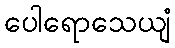
ပေါရောသေယျံ